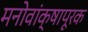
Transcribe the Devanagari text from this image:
मनोवांक्षापूरक